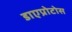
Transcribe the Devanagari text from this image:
डाएप्रोटोस